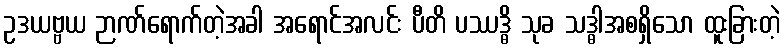
ဥဒယဗ္ဗယ ဉာဏ်ရောက်တဲ့အခါ အရောင်အလင်း ပီတိ ပဿဒ္ဓိ သုခ သဒ္ဓါအစရှိသော ထူးခြားတဲ့